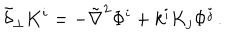
\tilde { \delta } _ { \perp } K ^ { i } = - \tilde { \nabla } ^ { 2 } \Phi ^ { i } + k ^ { i } K _ { j } \Phi ^ { j } \, .